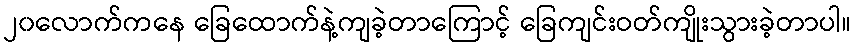
၂၀လောက်ကနေ ခြေထောက်နဲ့ကျခဲ့တာကြောင့် ခြေကျင်းဝတ်ကျိုးသွားခဲ့တာပါ။